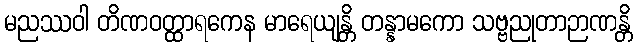
မညဿဝါ တိဏဝတ္ထာရကေန မာရေယျန္တိ တန္နာမကော သဗ္ဗညုတာဉာဏန္တိ